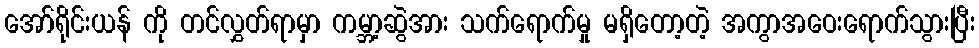
အော်ရိုင်းယန် ကို တင်လွှတ်ရာမှာ ကမ္ဘာ့ဆွဲအား သက်ရောက်မှု မရှိတော့တဲ့ အကွာအဝေးရောက်သွားပြီး